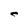
Character: C